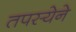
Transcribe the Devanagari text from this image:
तपस्येने